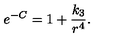
e ^ { - C } = 1 + \frac { k _ { 3 } } { r ^ { 4 } } .